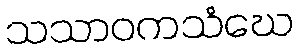
သသာဝကသံဃေ